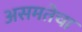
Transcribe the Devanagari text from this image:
असमतेचा